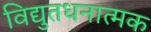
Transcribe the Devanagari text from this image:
विद्युतधनात्मक